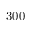
3 0 0